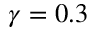
\gamma = 0 . 3